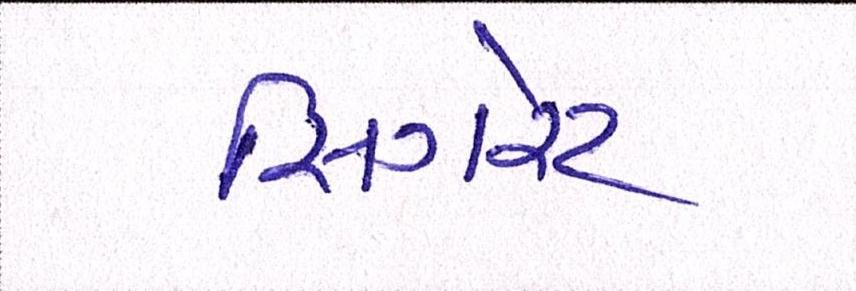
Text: સિગરેટ